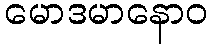
မောဒမာနောဝ